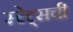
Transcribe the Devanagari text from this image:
स्टेट्‌सची